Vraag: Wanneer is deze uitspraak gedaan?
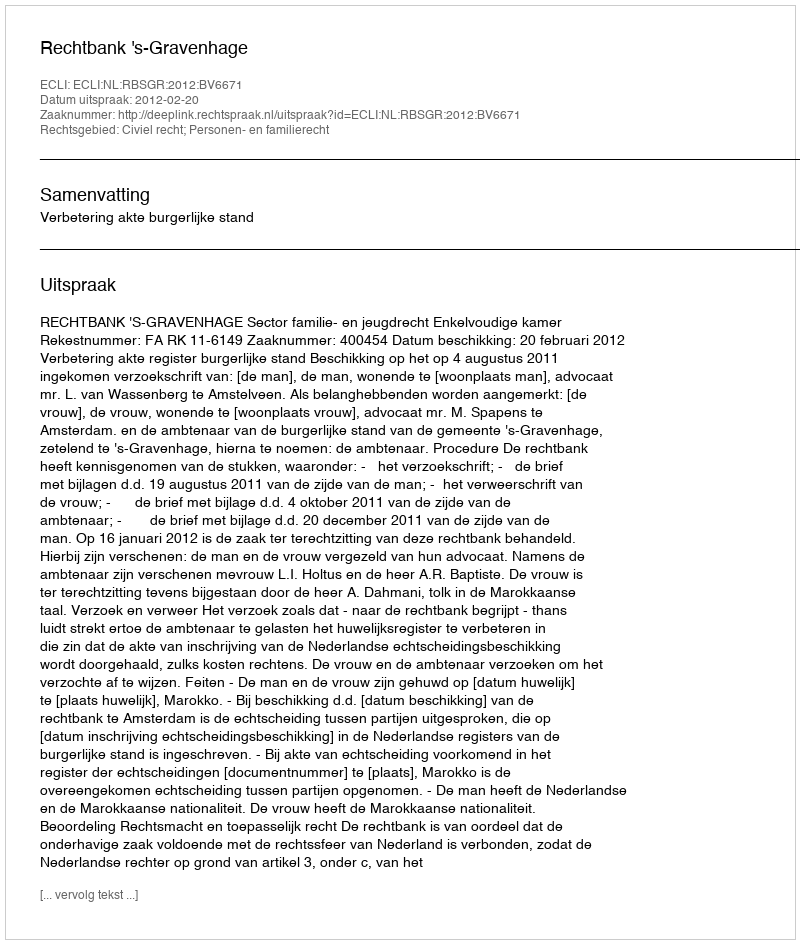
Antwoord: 2012-02-20